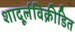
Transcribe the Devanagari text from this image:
शादूर्लविक्रीडित